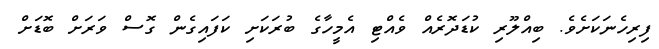
ފިރިހެނަކަށެވެ. ބިއްލޫރި ކުޑަދޮރެއް ވެއްޓި އެމީހާގެ ބުރަކަށި ކަފައިގެން ގޮސް ވަރަށް ބޮޑަށް